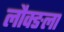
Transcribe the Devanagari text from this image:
लौक्ङला